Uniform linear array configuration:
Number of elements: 16
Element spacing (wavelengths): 1
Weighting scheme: cosine
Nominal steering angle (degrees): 30
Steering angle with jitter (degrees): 29.939
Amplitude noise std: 0.05
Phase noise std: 0.05

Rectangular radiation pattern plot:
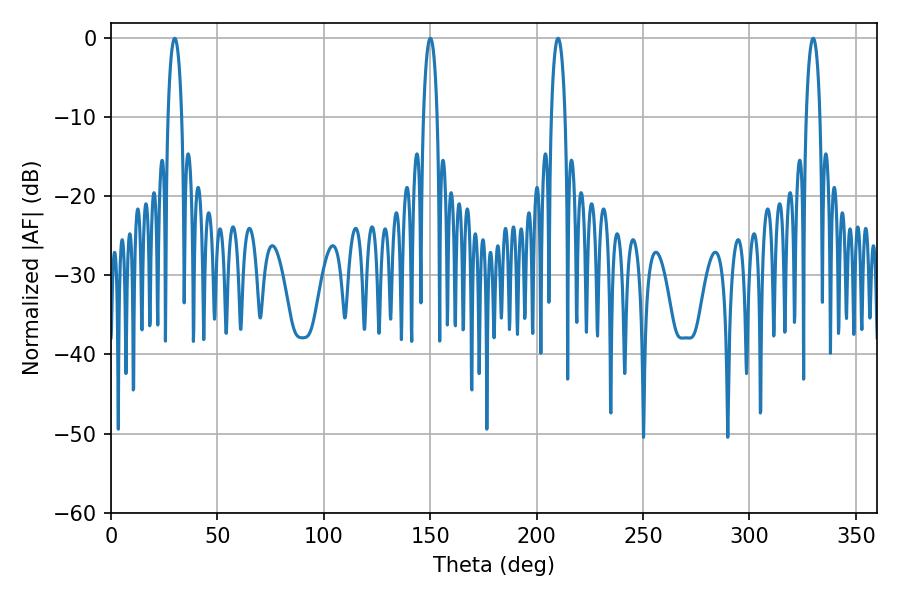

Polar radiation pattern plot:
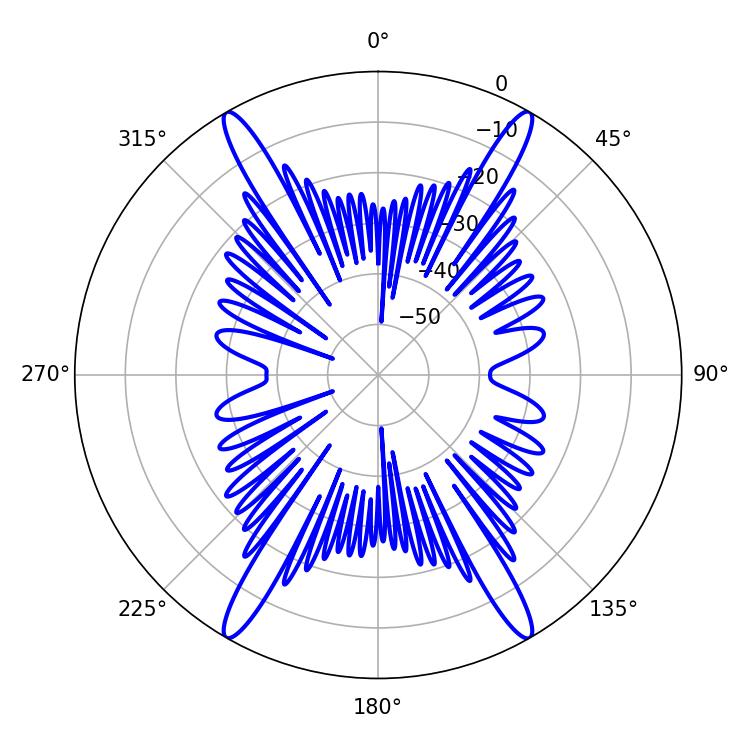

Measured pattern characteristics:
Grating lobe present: TRUE
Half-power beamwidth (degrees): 3.6
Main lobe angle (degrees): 210.06